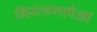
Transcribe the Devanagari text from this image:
नियंत्रणापेक्षा